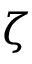
\zeta